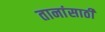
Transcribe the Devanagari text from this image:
तानांसाठी